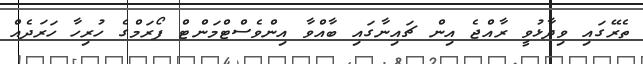
ތެރޭގައި ވިދާޅުވީ ރާއްޖެ އިން ޗައިނާގައި ބާއްވާ އިންވެސްޓްމަންޓް ފޯރަމްގެ ހުރިހާ ހަރަދެއް